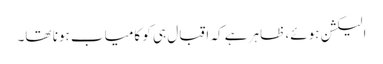
الیکشن ہوئے، ظاہر ہے کہ اقبال ہی کو کامیاب ہونا تھا۔